Morphology and life history of Herpetomonas culicis, Novy, MacNeal and Torrey - Number 57
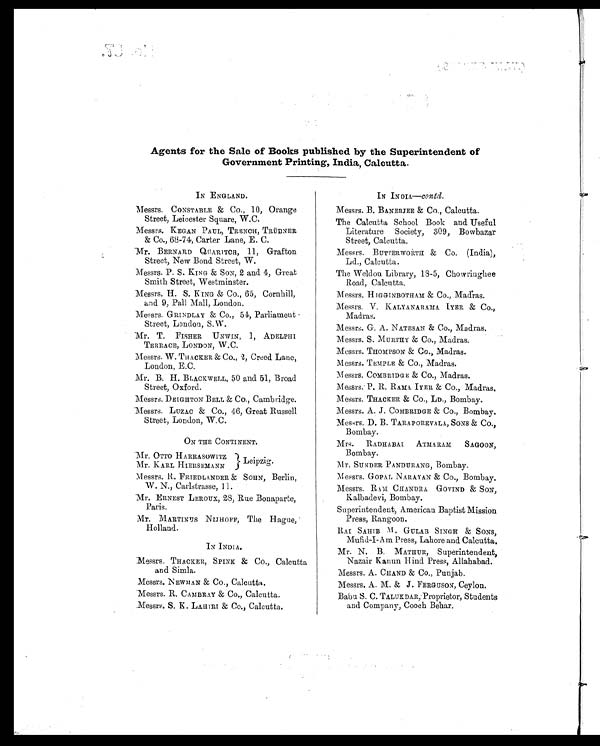
Agents for the Sale of Books published by the Superintendent of
Government Printing, India, Calcutta.
IN ENGLAND.
Messrs. CONSTABLE & Co., 10, Orange
Street, Leicester Square, W.C.
Messrs. KEGAN PAUL, TRENCH, TRÜBNER
& Co., 68-74, Carter Lane, E. C.
Mr. BERNARD QUARITCH, 11, Grafton
Street, New Bond Street, W .
Messrs. P. S. KING & SON, 2 and 4, Great
Smith Street, Westminster.
Messrs. H. S. KING & Co., 65, Cornhill,
and 9, Pall Mall, London.
Messrs. GRINDLAY & Co., 54, Parliament -
Street, London, S.W.
Mr. T. FISHER UNWIN, 1, ADELPHI
TERRACE, LONDON, W.C.
Messrs. W. THACKER &Co., 2, Creed Lane,
London, E.C.
Mr. B. H. BLACKWELL, 50 and 51, Broad
Street, Oxford.
Messrs. DEIGHTON BELL & Co., Cambridge.
Messrs. LUZAC & Co., 46, Great Russell
Street, London, W.C.
ON THE CONTINENT.
Mr. OTTO HARRASOWITZ
Leipzig.
Mr. KARL HIERSEMANN
Messrs. R. FRIEDLANDER & SOHN, Berlin,
W. N., Carlstrasse, 11 .
Mr. ERNEST LEROUX, 28, Rue Bonaparte,
Paris.
Mr. MARTINUS NIJHOFF, The Hague,
Holland.
IN INDIA.
Messrs. THACKER, SPINK & Co., Calcutta
and Simla.
Messrs. NEWMAN & Co., Calcutta.
Messrs. R. CAMBRAY & Co., Calcutta.
Messrs. S. K . LAHIRI & Co., Calcutta.
IN INDIA—Contd.
Messrs. B. BANERJEE & Co., Calcutta.
The Calcutta School Book and Useful
Literature Society, 309, Bowbazar
Street, Calcutta.
Messrs. BUTTERWORTH & Co. (India),
Ld., Calcutta.
The Weldon Library, 18-5, Chowringhee
Road, Calcutta.
Messrs. HIGGINBOTHAM & Co., Madras.
Messrs. V. KALYANARAMA. IYER & Co.,
Madras.
Messrs. G. A. NATESAN & Co., Madras.
Messrs. S. MURTHY & Co., Madras.
Messrs. THOMPSON & Co., Madras.
Messrs. TEMPLE & Co., Madras.
Messrs. COMBRIDGE & Co., Madras.
Messrs.. P. R. RAMA IYER & Co., Madras.
Messrs. THACKER & Co., LD., Bombay.
Messrs. A. J . COMBRIDGE & Co., Bombay.
Messrs. D. B. TARAPOREVALA, SONS & Co.,
Bombay.
Mrs. RADHABAI ATMARAM SAGOON,
Bombay.
Mr. SUNDER PANDURANG, Bombay.
Messrs. GOPAL NARAYAN & Co., Bombay.
Messrs. RAM CHANDRA GOVIND & SON,
Kalbadevi, Bombay.
Superintendent, American Baptist Mission
Press, Rangoon.
RAI SAHIB M . GULAB SINGH & SONS,
Mufid-I-Am Press, Lahore and Calcutta.
Mr. N. B. MATHUR, Superintendent,
Nazair Kanun Hind Press, Allahabad.
Messrs. A. CHAND & Co., Punjab.
Messrs. A. M. & J. FERGUSON, Ceylon.
Babu S. C. TALUKDAR, Proprietor, Students
and Company, Cooch Behar.